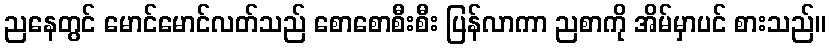
ညနေတွင် မောင်မောင်လတ်သည် စောစောစီးစီး ပြန်လာကာ ညစာကို အိမ်မှာပင် စားသည်။